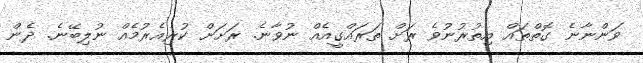
ވަންނާނެ ގޮތްތައް އިތުރުނުވެ ރަށް ތަރައްގީއެއް ނުވާނެ. ރަށަށް ކުރިއެރުމެއް ނުލިބޭނެ. ދެން